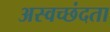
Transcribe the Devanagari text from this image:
अस्वच्छंदता